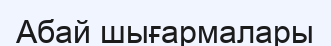
Абай шығармалары